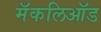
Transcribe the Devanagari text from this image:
मॅकलिऑड